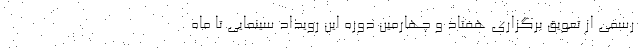
رسمی از تعویق برگزاری هفتاد و چهارمین دوره این رویداد سینمایی تا ماه